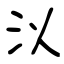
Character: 泤